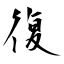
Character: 復